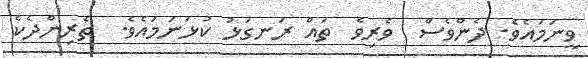
ވީނަމައެވެ. ދެންވެސް  ވެރިވެ  ތައް ރަނގަޅު ކުޅަނަމައެވެ.  ތެރިންދެކެ